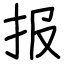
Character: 报